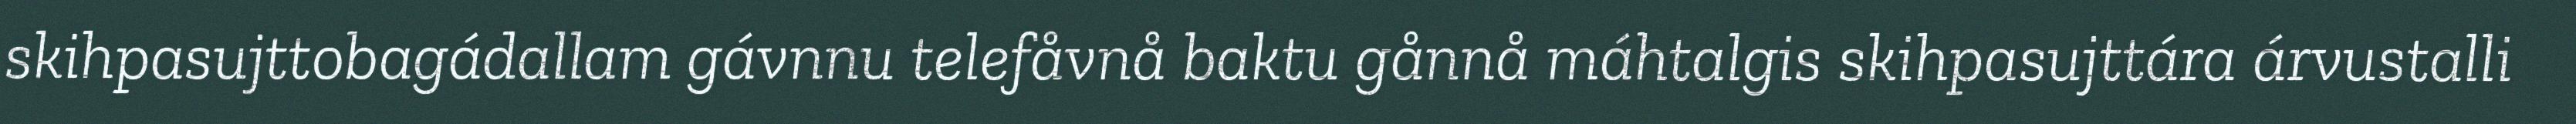
skihpasujttobagádallam gávnnu telefåvnå baktu gånnå máhtalgis skihpasujttára árvustalli